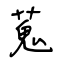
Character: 蒐